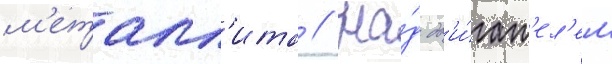
м'еталл'ита // На́д дв'и́гат'ел'ем